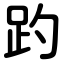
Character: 趵